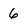
Character: 6